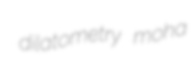
dilatometry moha